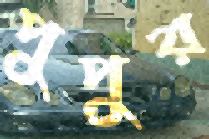
পুপুর